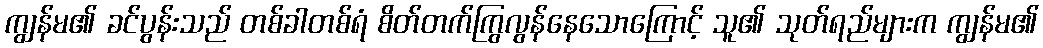
ကျွန်မ၏ ခင်ပွန်းသည် တစ်ခါတစ်ရံ စိတ်တက်ကြွလွန်နေသောကြောင့် သူ၏ သုတ်ရည်များက ကျွန်မ၏